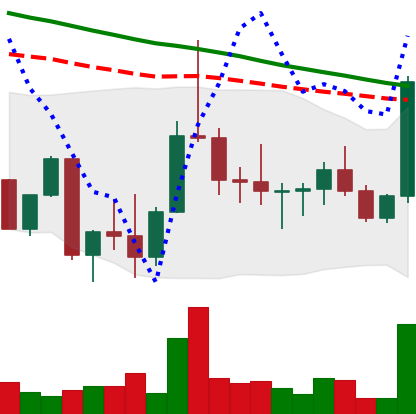
Ticker: DOGE-USD
Chart end date: 2022-10-04
Forward return: -5.77%
Label: down_5_7